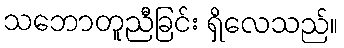
သဘောတူညီခြင်း ရှိလေသည်။